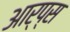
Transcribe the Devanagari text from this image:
आर्प्स